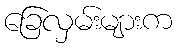
ခြေလှမ်းများက